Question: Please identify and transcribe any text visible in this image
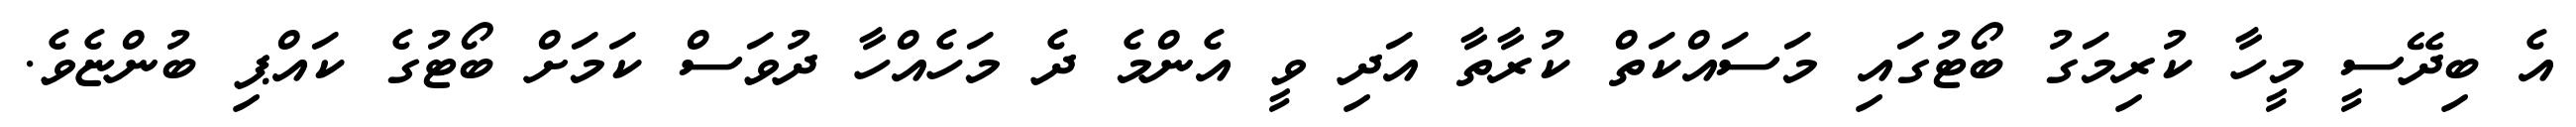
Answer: އެ ބިދޭސީ މީހާ ކުރިމަގު ބޯޓުގައި މަސައްކަތް ކުރާތާ އަދި ވީ އެންމެ ދެ މަހެއްހާ ދުވަސް ކަމަށް ބޯޓުގެ ކައްޕި ބުންޏެވެ.